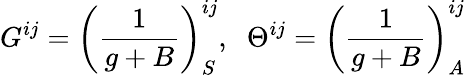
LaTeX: G^{ij}=\left({\frac{1}{g+B}}\right)_{S}^{ij},\; \; \Theta^{ij}=\left({\frac{1}{g+B}}\right)_{A}^{ij}